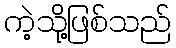
ကဲ့သို့ဖြစ်သည်